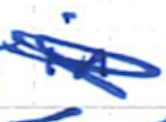
Text: in
Cross-out: scratch
Writing tool: ballpoint